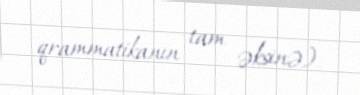
qrammatikanın tam əksinə).